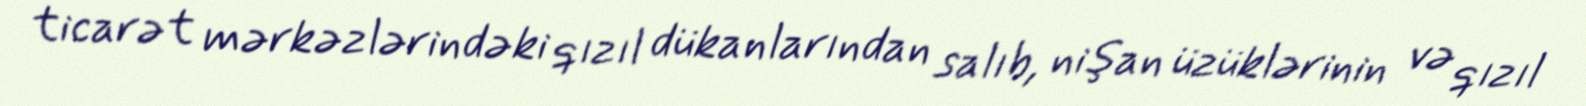
ticarət mərkəzlərindəki qızıl dükanlarından salıb, nişan üzüklərinin və qızıl